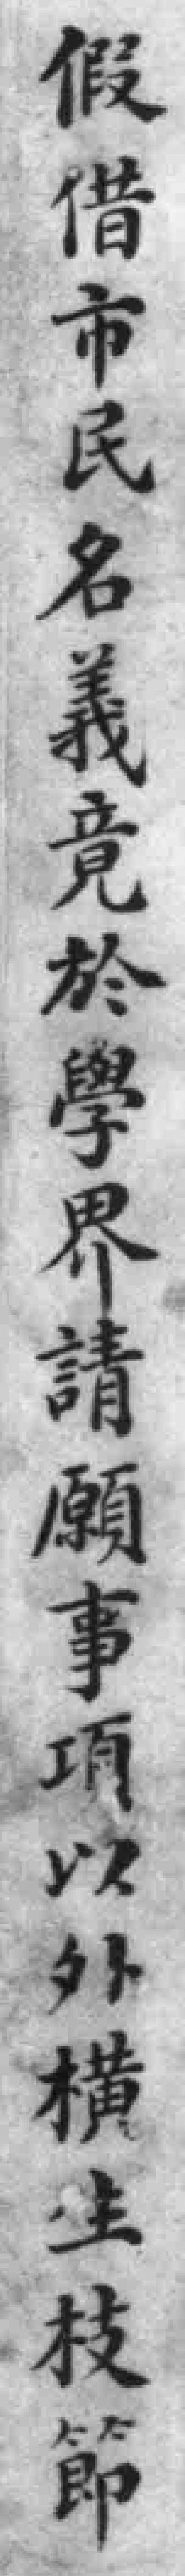
假借市民名義竟於學界請願事項以外横生技節